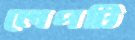
লেপটি